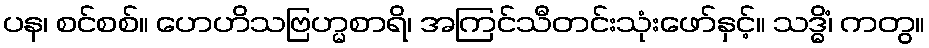
ပန၊ စင်စစ်။ ဟေဟိသဗြဟ္မစာရိ၊ အကြင်သီတင်းသုံးဖော်နှင့်။ သဒ္ဓိံ၊ ကတွ။